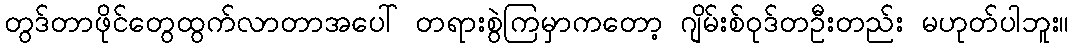
တွဒ်တာဖိုင်တွေထွက်လာတာအပေါ် တရားစွဲကြမှာကတော့ ဂျိမ်းစ်ဝုဒ်တဦးတည်း မဟုတ်ပါဘူး။